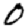
Digit: 0